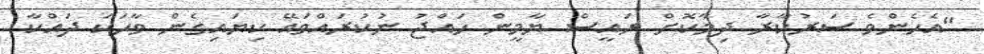
"އެހެންވެ ސަރުކާރާ ދިމާކޮށް ރައީސް ޔާމީން ހައްޖު ނުކުރައްވައޭ ކިޔައިގެން ވާހަކަ ދައްކާ